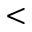
<